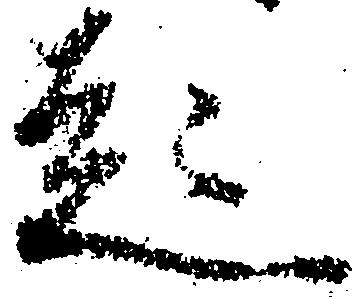
起